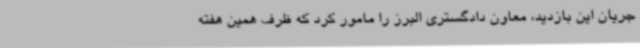
جریان این بازدید، معاون دادگستری البرز را مامور کرد که ظرف همین هفته